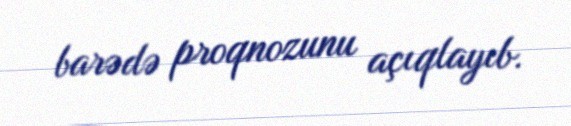
barədə proqnozunu açıqlayıb.